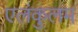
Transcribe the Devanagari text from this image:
एलंकुलम